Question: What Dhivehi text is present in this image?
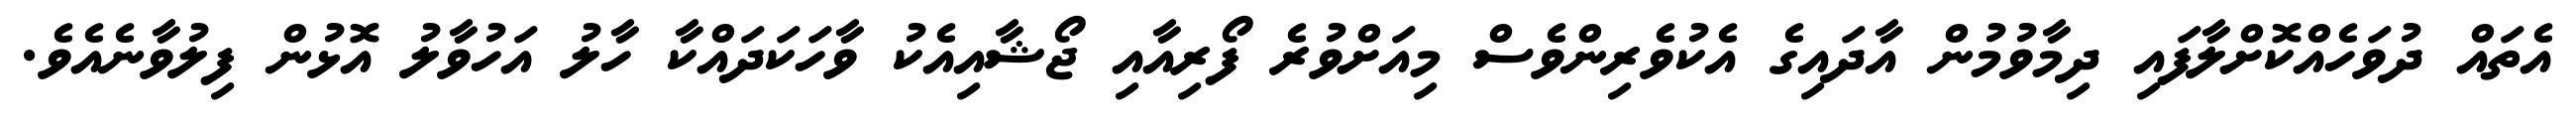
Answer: އެތައް ދުވަހެއްކޮށްލާފައި ދިމާވުމުން އާދައިގެ އެކުވެރިންވެސް މިއަށްވުރެ ފޯރިއާއި ޖޯޝާއިއެކު ވާހަކަދައްކާ ހާލު އަހުވާލު އޮޅުން ފިލުވާނެއެވެ.